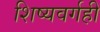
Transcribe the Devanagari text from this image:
शिष्यवर्गही